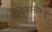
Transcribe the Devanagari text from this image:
स्विकाराकडे